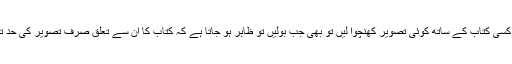
وہ اگر کسی کتاب کے ساتھ کوئی تصویر کھنچوا لیں تو بھی جب بولیں تو ظاہر ہو جاتا ہے کہ کتاب کا ان سے تعلق صرف تصویر کی حد تک تھا۔